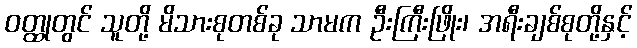
ဝတ္ထုတွင် သူတို့ မိသားစုတစ်ခု သာမက ဦးကြီးဖြိုး၊ အရီးချစ်စုတို့နှင့်